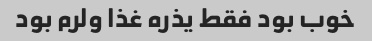
خوب بود فقط یذره غذا ولرم بود